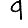
Digit: 9